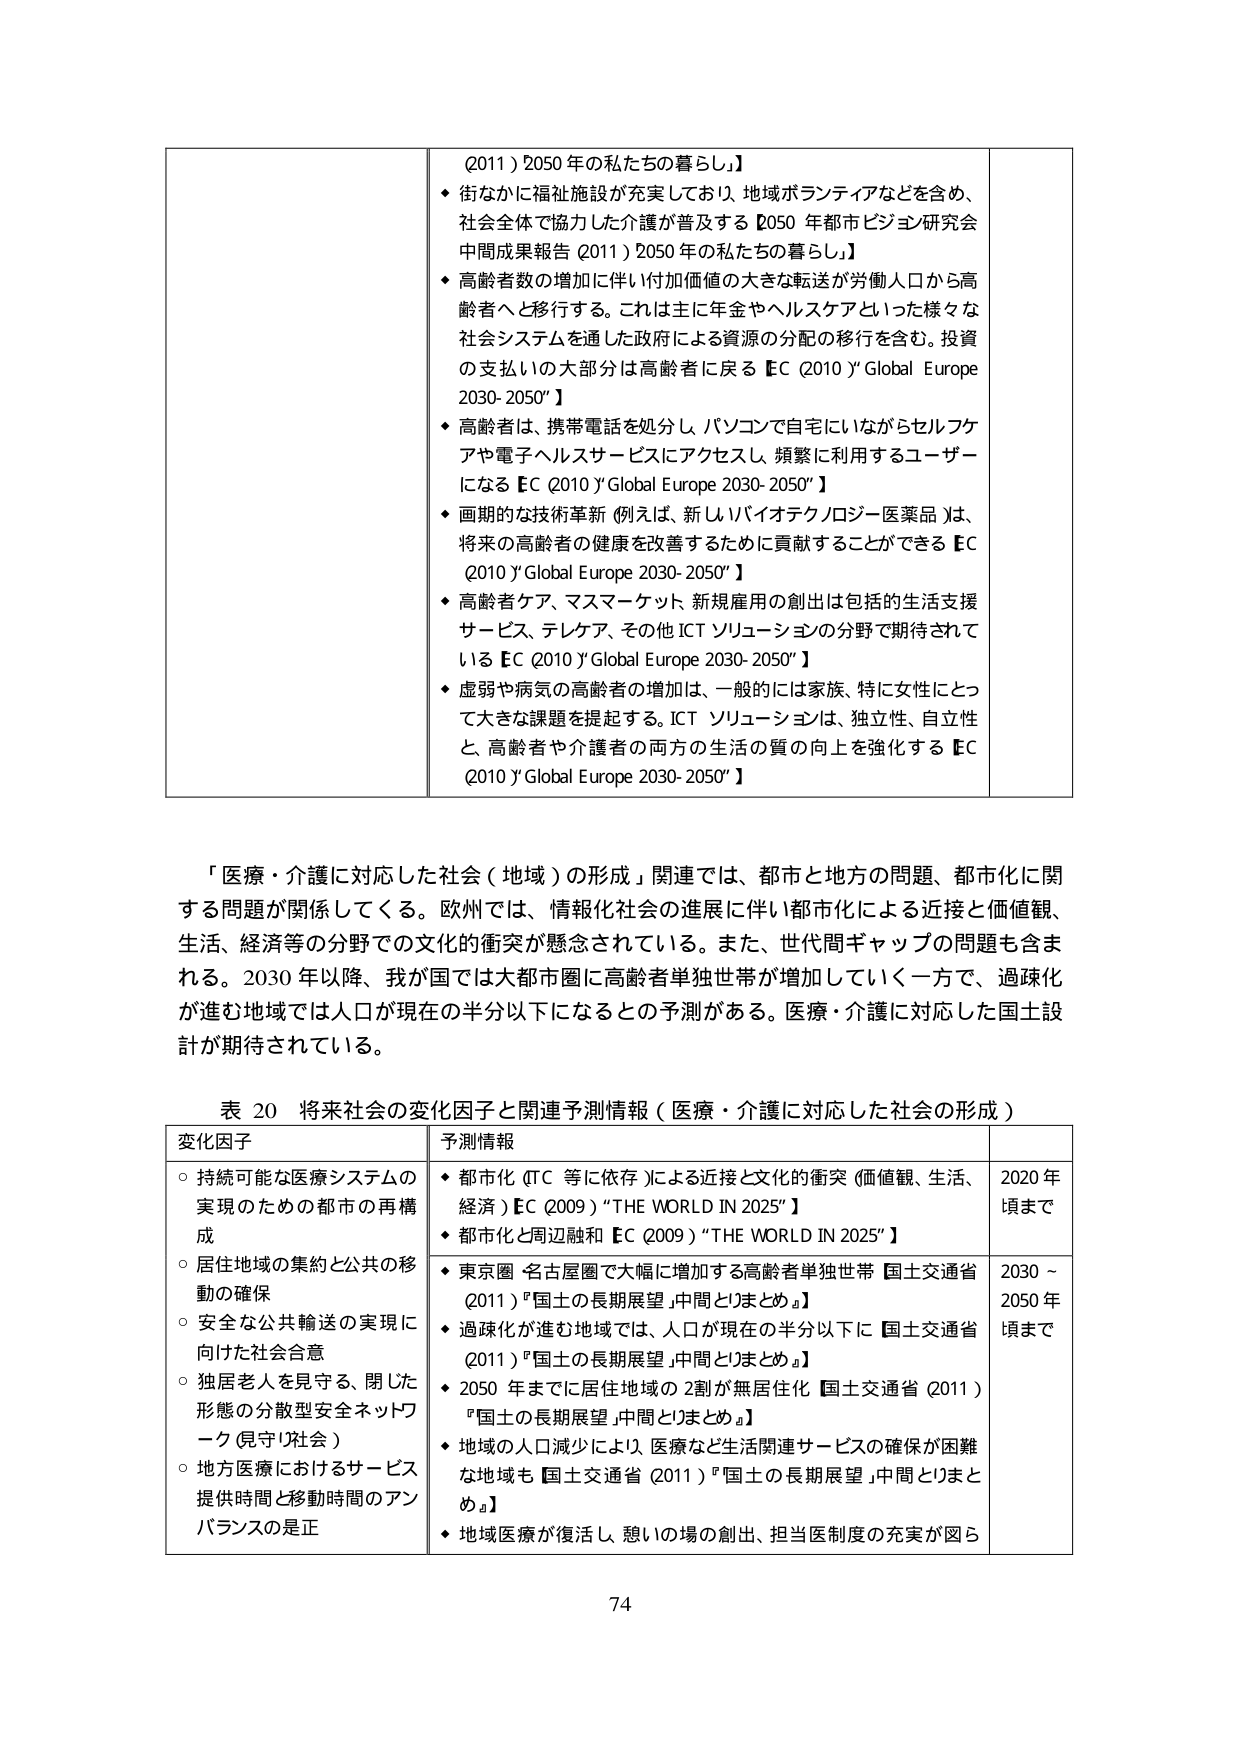
(2011) 2050年の私たちの暮らし」
◆ 街なかに福祉施設が充実しており、地域ボランティアなどを含め、社会全体で協力した介護が普及する【2050年都市ビジョン研究会中間成果報告 (2011) 2050年の私たちの暮らし】
◆ 高齢者数の増加に伴い付加価値の大きな転送が労働人口から高齢者へと移行する。これは主に年金やヘルスケアといった様々な社会システムを通した政府による資源の分配の移行を含む。投資の支払いの大部分は高齢者に戻る【EC (2010) "Global Europe 2030-2050"】
◆ 高齢者は、携帯電話を処分し、パソコンで自宅にいながらセルフケアや電子ヘルスサービスにアクセスし、頻繁に利用するユーザーになる【EC (2010) "Global Europe 2030-2050"】
◆ 画期的な技術革新（例えば、新しいバイオテクノロジー医薬品）は、将来の高齢者の健康を改善するために貢献することができる【EC (2010) "Global Europe 2030-2050"】
◆ 高齢者ケア、マスマーケット、新規雇用の創出は包括的生活支援サービス、テレケア、その他ICTソリューションの分野で期待されている【EC (2010) "Global Europe 2030-2050"】
◆ 虚弱や病気の高齢者の増加は、一般的には家族、特に女性にとって大きな課題を提起する。ICTソリューションは、独立性、自立性と、高齢者や介護者の両方の生活の質の向上を強化する【EC (2010) "Global Europe 2030-2050"】

「医療・介護に対応した社会（地域）の形成」関連では、都市と地方の問題、都市化に関する問題が関係してくる。欧州では、情報化社会の進展に伴い都市化による接近と価値観、生活、経済等の分野での文化的衝突が懸念されている。また、世代間ギャップの問題も含まれる。2030年以降、我が国では大都市圏に高齢者単独世帯が増加していく一方で、過疎化が進む地域では人口が現在の半分以下になるとの予測がある。医療・介護に対応した国土設計が期待されている。

表20 将来社会の変化因子と関連予測情報（医療・介護に対応した社会の形成）

変化因子
○ 持続可能な医療システムの実現のための都市の再構成
○ 居住地域の集約と公共の移動の確保
○ 安全な公共輸送の実現に向けた社会合意
○ 独居老人を見守る、閉じた形態の分散型安全ネットワーク（見守り社会）
○ 地方医療におけるサービス提供時間と移動時間のアンバランスの是正

予測情報
◆ 都市化（ITC等に依存）による接近と文化的衝突（価値観、生活、経済）【EC (2009) "THE WORLD IN 2025"】
◆ 都市化と周辺融和【EC (2009) "THE WORLD IN 2025"】
◆ 東京圏・名古屋圏で大幅に増加する高齢者単独世帯【国土交通省 (2011) "国土の長期展望 中間とりまとめ"】
◆ 過疎化が進む地域では、人口が現在の半分以下に【国土交通省 (2011) "国土の長期展望 中間とりまとめ"】
◆ 2050年までに居住地域の2割が無居住化【国土交通省 (2011) "国土の長期展望 中間とりまとめ"】
◆ 地域の人口減少により、医療など生活関連サービスの確保が困難な地域も【国土交通省 (2011) "国土の長期展望 中間とりまとめ"】
◆ 地域医療が復活し、憩いの場の創出、担当医制度の充実が図ら

2020年頃まで
2030～2050年頃まで

74